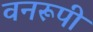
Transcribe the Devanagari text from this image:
वनरूपी